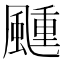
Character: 𬱴